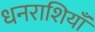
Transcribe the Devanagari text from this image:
धनराशियाँ